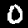
Digit: 0